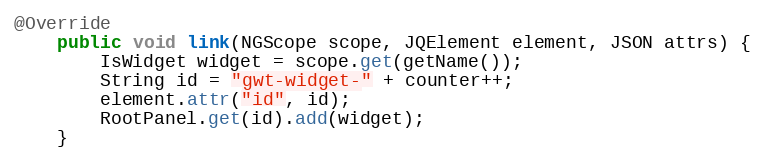
Language: Java
@Override
    public void link(NGScope scope, JQElement element, JSON attrs) {
        IsWidget widget = scope.get(getName());
        String id = "gwt-widget-" + counter++;
        element.attr("id", id);
        RootPanel.get(id).add(widget);
    }